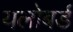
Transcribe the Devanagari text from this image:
यलोबर्ड